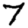
Digit: 7